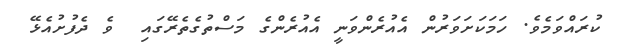
ކުރައްވަމެވެ. ހަމަކަށަވަރުން އެއުރެންވަނީ އެއުރެންގެ މަސްތުގެތެރޭގައި  ވެ ދެފުށުއެޅޭ